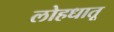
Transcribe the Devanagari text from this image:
लोहधातू